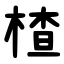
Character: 楂